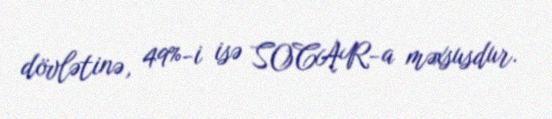
dövlətinə, 49%-i isə SOCAR-a məxsusdur.